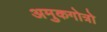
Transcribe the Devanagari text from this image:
अमुकगोत्रो